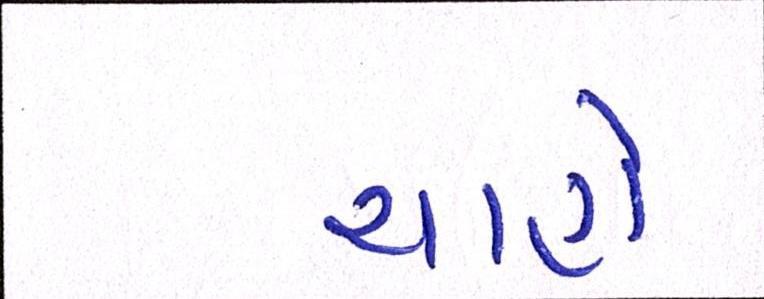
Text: ચાહો